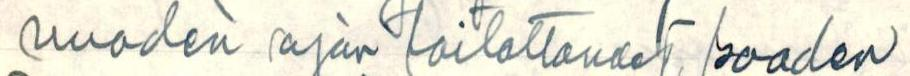
vuoden ajan toitottaneet saaden